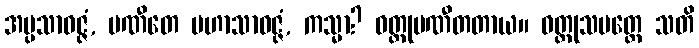
အပ္ပသာဝဇ္ဇံ, ပဏီတေ မဟာသာဝဇ္ဇံ, ကသ္မာ? ဝတ္ထုပဏီတတာယ။ ဝတ္ထုသမတ္တေ သတိ